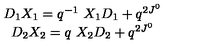
\begin{array} { c } { D _ { 1 } X _ { 1 } = q ^ { - 1 } \ X _ { 1 } D _ { 1 } + q ^ { 2 J ^ { 0 } } } \\ { D _ { 2 } X _ { 2 } = q \ X _ { 2 } D _ { 2 } + q ^ { 2 J ^ { 0 } } } \\ \end{array}